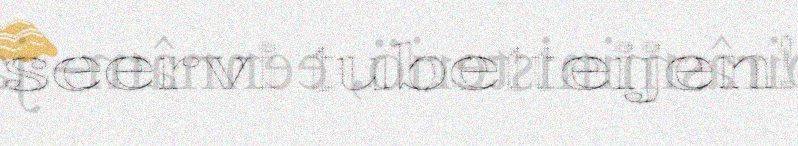
seervi tubetteijen!